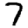
Digit: 7